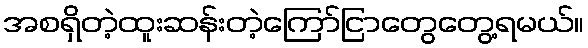
အစရှိတဲ့ထူးဆန်းတဲ့ကြော်ငြာတွေတွေ့ရမယ်။